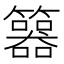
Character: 𥷇